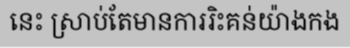
នេះ ស្រាប់តែមានការរិះគន់យ៉ាងកង